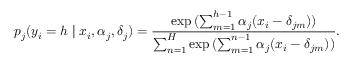
p _ { j } ( y _ { i } = h \mid x _ { i } , \alpha _ { j } , \delta _ { j } ) = \frac { \exp { ( \sum _ { m = 1 } ^ { h - 1 } \alpha _ { j } ( x _ { i } - \delta _ { j m } ) ) } } { \sum _ { n = 1 } ^ { H } \exp { ( \sum _ { m = 1 } ^ { n - 1 } \alpha _ { j } ( x _ { i } - \delta _ { j m } ) ) } } .